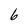
Character: 6